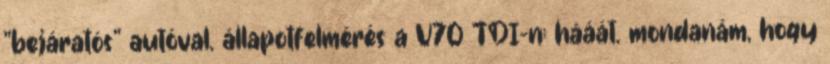
"bejáratós" autóval. állapotfelmérés a V70 TDI-n: hááát. mondanám, hogy